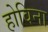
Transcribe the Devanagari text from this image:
होविना